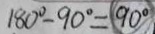
1 8 0 ^ { \circ } - 9 0 ^ { \circ } = 9 0 ^ { \circ }